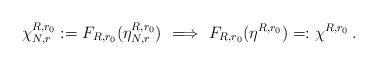
LaTeX: \begin{align*}\chi_{N,r}^{R,r_0} := F_{R,r_0}(\eta_{N,r}^{R,r_0}) \,\,\Longrightarrow \,\, F_{R,r_0}(\eta^{R,r_0}) =: \chi^{R,r_0}\,.\end{align*}